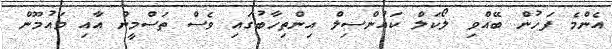
އެންމެ ފަހުން ބޭއްވި ލޯކަލް ކައުންސިލް އިންތިހާބުގައި ވެސް ތަސްމީން އާއި މައުމޫން